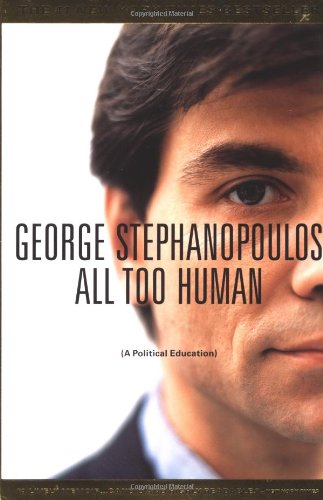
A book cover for All too Human; George Stephanopoulos; Biographies & Memoirs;